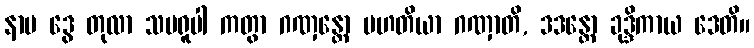
နာမ ဒွေ တုလာ သမရူပါ ကတွာ ဂဏှန္တော မဟတိယာ ဂဏှာတိ, ဒဒန္တော ခုဒ္ဒိကာယ ဒေတိ။